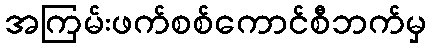
အကြမ်းဖက်စစ်ကောင်စီဘက်မှ